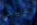
عيد